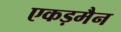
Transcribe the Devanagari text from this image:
एकड़मैन